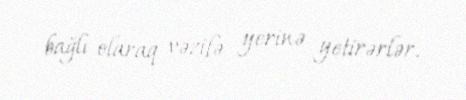
bağlı olaraq vəzifə yerinə yetirərlər.